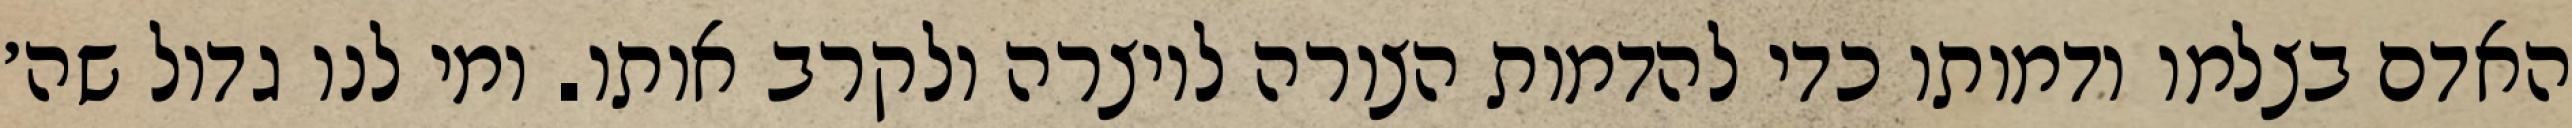
האדם בצלמו ודמותו כדי להדמות הצורה ליוצרה ולקרב אותו. ומי לנו גדול שה׳